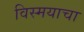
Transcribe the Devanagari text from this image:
विस्मयाचा